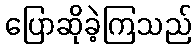
ပြောဆိုခဲ့ကြသည်